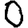
Digit: 0